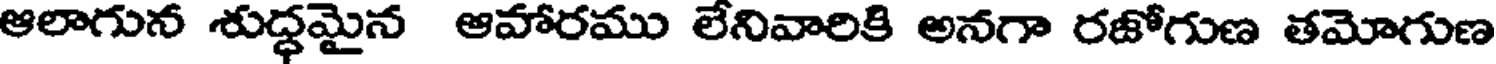
ఆలాగున శుద్ధమైన ఆహారము లేనివారికి అనగా రజోగుణ తమోగుణ